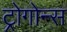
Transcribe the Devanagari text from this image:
ट्रोगोन्स